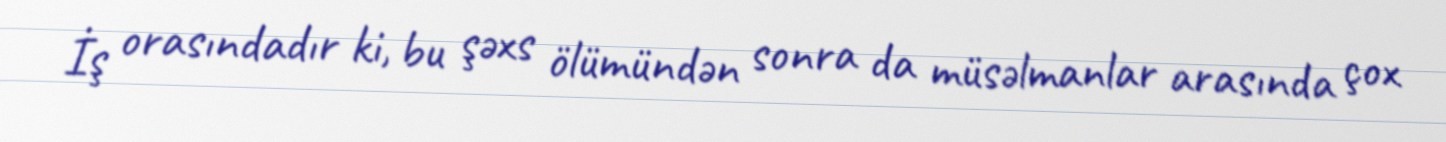
İş orasındadır ki, bu şəxs ölümündən sonra da müsəlmanlar arasında çox